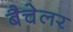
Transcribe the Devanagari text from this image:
बैचेलर